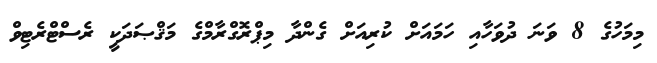
މިމަހުގެ 8 ވަނަ ދުވަހާއި ހަމައަށް ކުރިއަށް ގެންދާ މިޕްރޮގްރާމްގެ މަޤްޞަދަކީ ރެސްޓްރެޓިވް